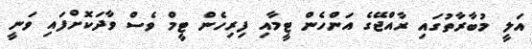
އަލީ މުބާރާތުގައި ރާއްޖޭގެ އަންހެން ޓީމާއި ފިރިހެން ޓީމް ވެސް ވާދަކޮށްފައި ވަނީ